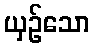
ယှဉ်သော